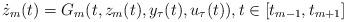
LaTeX: \begin{align*} \dot{z}_{m}(t)=G_{m}(t,z_{m}(t),y_{\tau}(t),u_{\tau}(t)), t\in [t_{m-1},t_{m+1}]\end{align*}